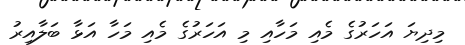
މިދިޔަ އަހަރުގެ މެއި މަހާއި މި އަހަރުގެ މެއި މަހާ އަޅާ ބަލާއިރު